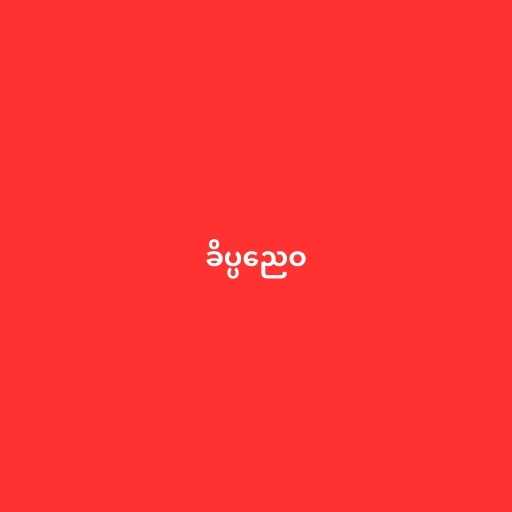
ခိပ္ပညေဝ